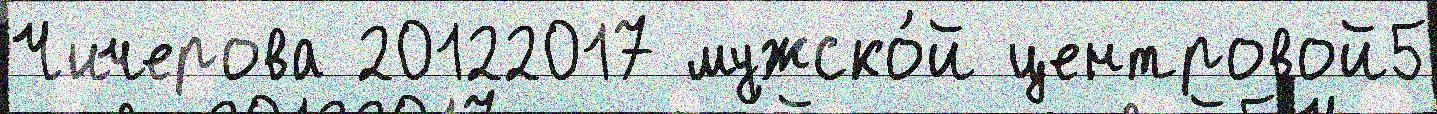
Чичерова 20122017 мужско́й центровой5